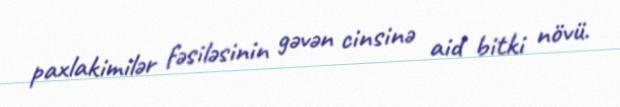
paxlakimilər fəsiləsinin gəvən cinsinə aid bitki növü.